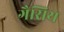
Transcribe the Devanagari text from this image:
गैसिय